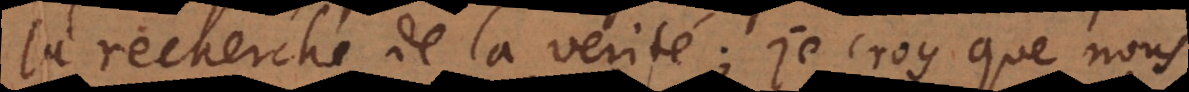
la recherche de la verité; je croy que nous